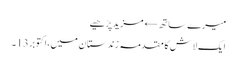
میرے ساتھ← مزید پڑھیے
ایک لاش کا مقدمہ زندستان میں،اکتوبر13۔